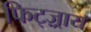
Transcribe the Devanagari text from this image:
फिट्ज़्राय